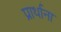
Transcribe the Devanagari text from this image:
प्रार्थाना